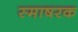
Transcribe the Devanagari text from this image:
स्माषरक